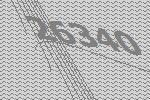
26340